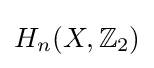
H_{n}(X,\mathbb {Z} _{2})